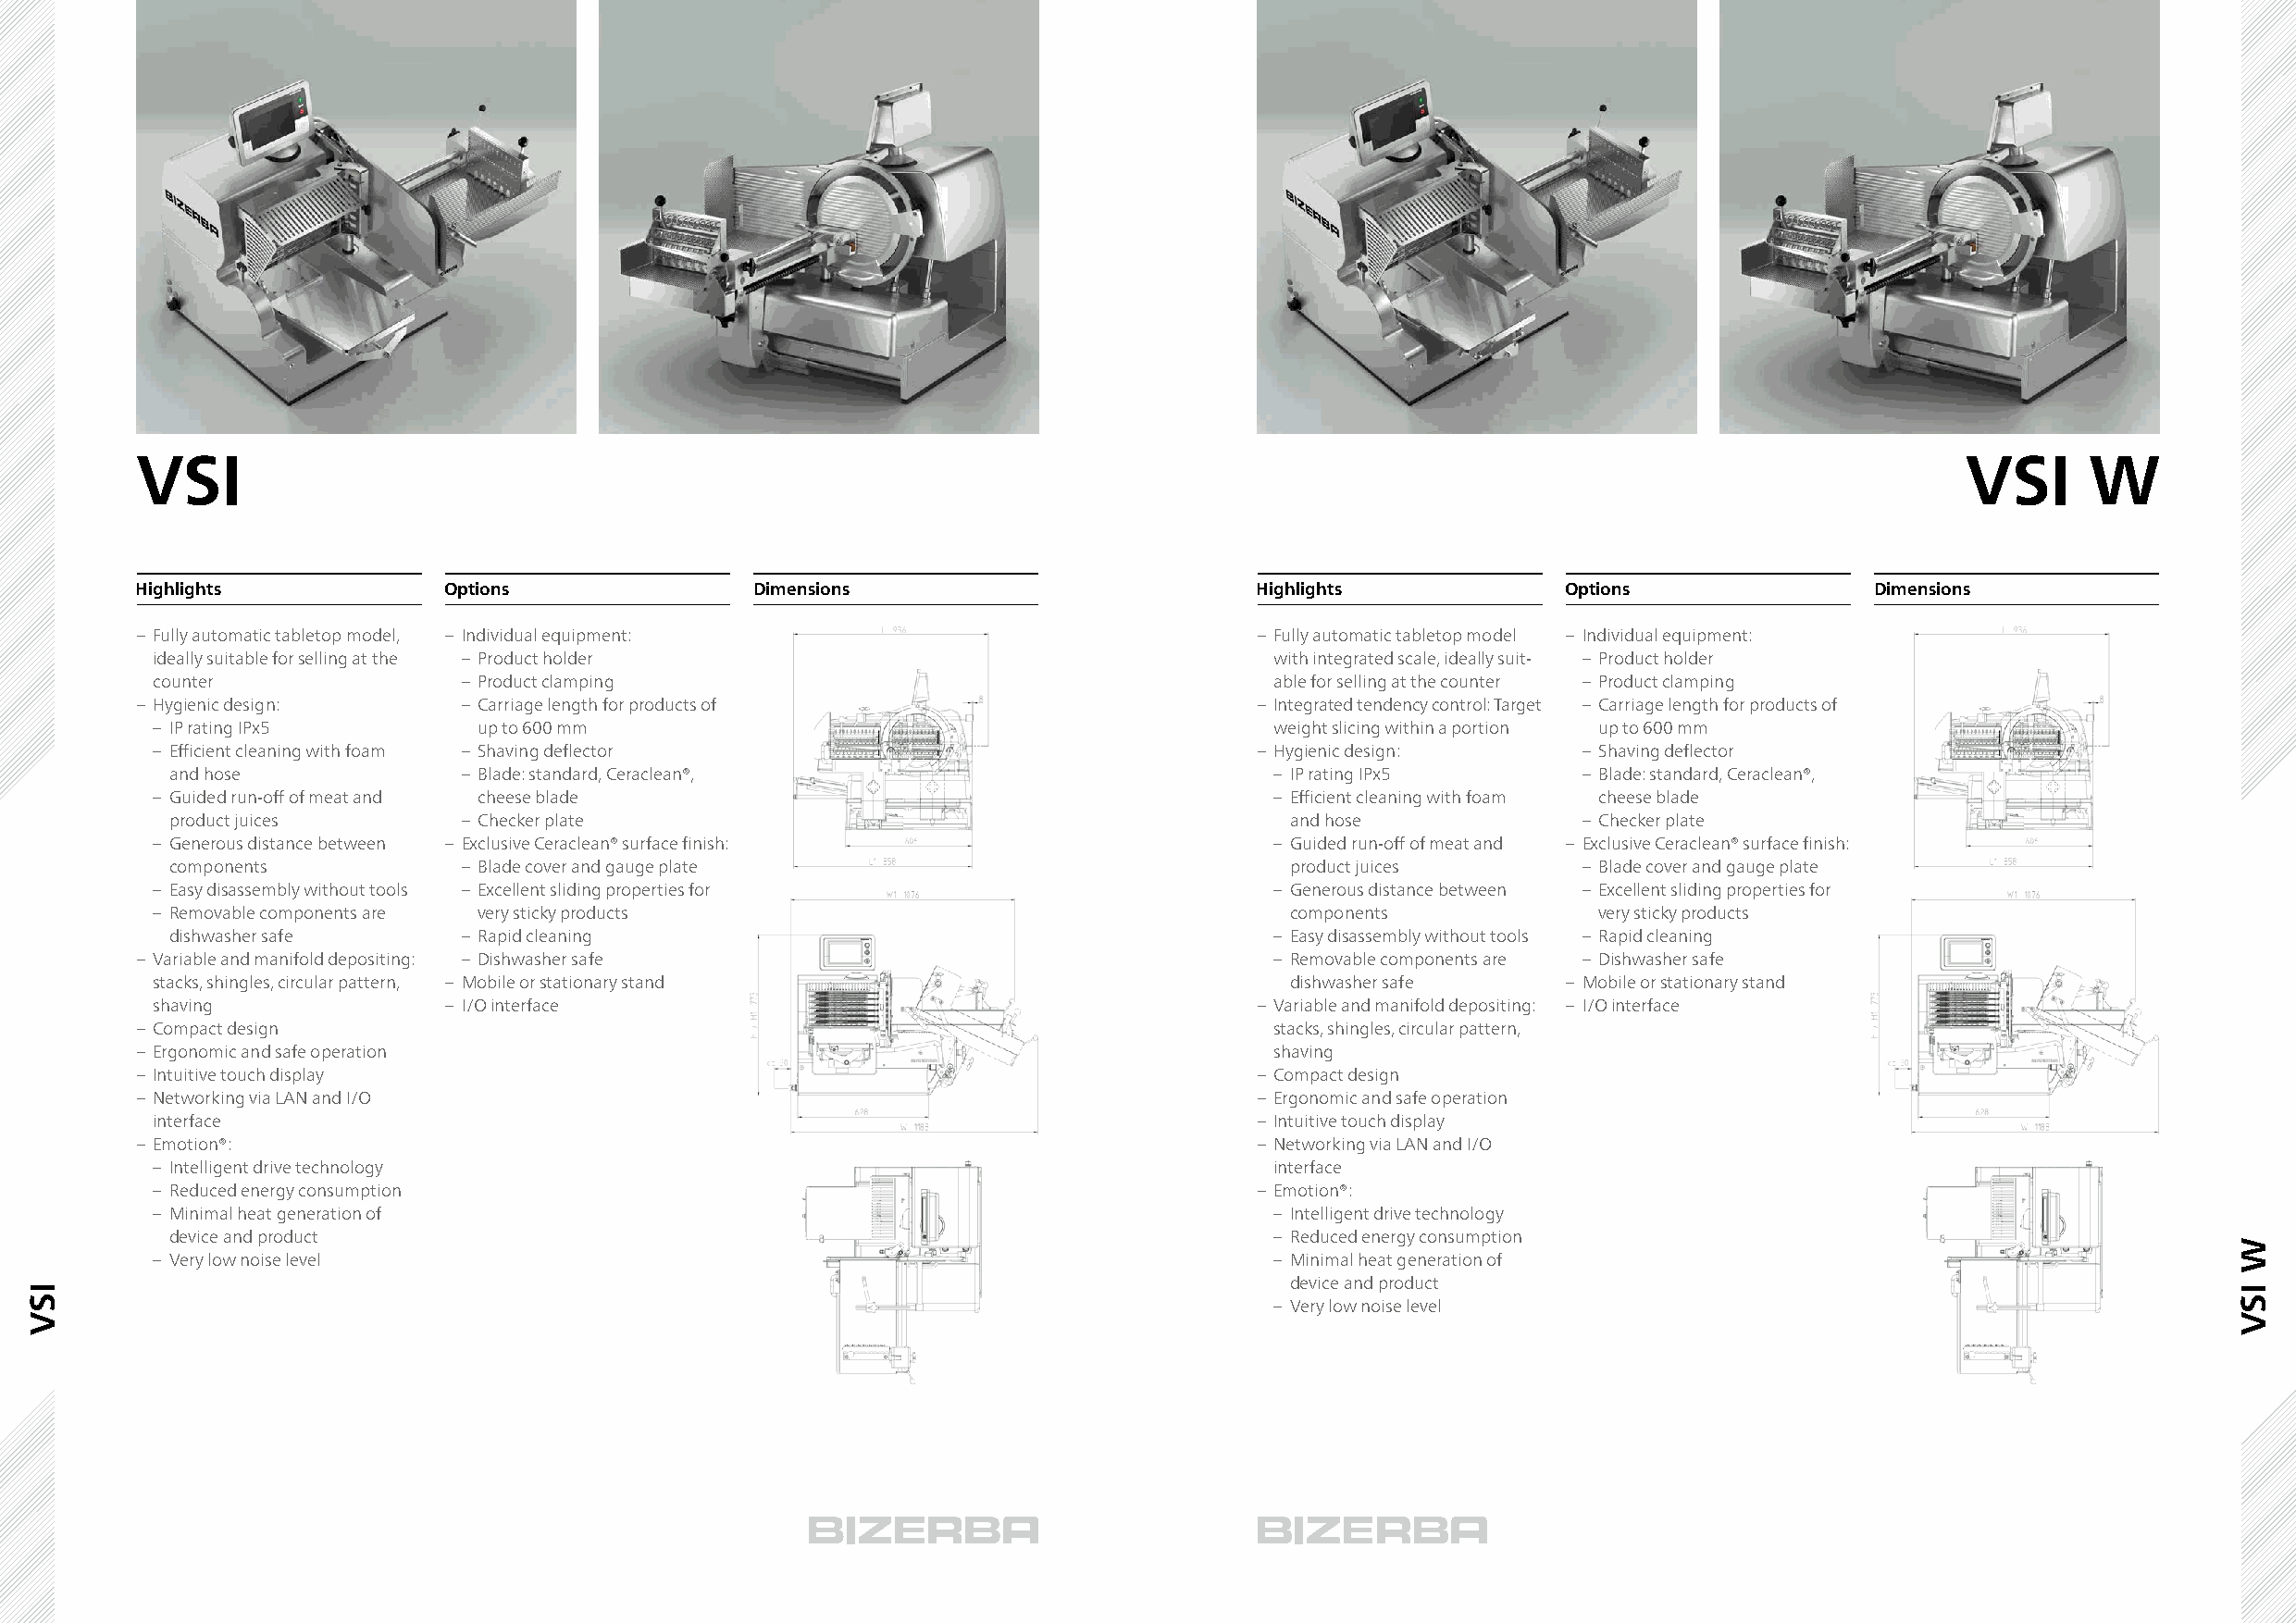
VSI                                                                                                                                VSI     W
 Highlights            Options               Dimensions                          Highlights            Options               Dimensions
 – Fully automatic tabletop model, – Individual equipment:                       – Fully automatic tabletop model – Individual equipment:
 ideally suitable for selling at the – Product holder                            with integrated scale, ideally suit- – Product holder
 counter               – Product clamping                                        able for selling at the counter – Product clamping
 – Hygienic design:     – Carriage length for products of                        – Integrated tendency control: Target – Carriage length for products of
 – IP rating IPx5       up to 600 mm                                             weight slicing within a portion up to 600 mm
 – Efficient cleaning with foam – Shaving deflector                             – Hygienic design:     – Shaving deflector
 and hose             – Blade: standard, Ceraclean®,                            – IP rating IPx5      – Blade: standard, Ceraclean®,
 – Guided run-off of meat and cheese blade                                       – Efficient cleaning with foam cheese blade
 product juices       – Checker plate                                            and hose             – Checker plate
 – Generous distance between – Exclusive Ceraclean® surface finish:              – Guided run-off of meat and – Exclusive Ceraclean® surface finish:
 components           – Blade cover and gauge plate                              product juices       – Blade cover and gauge plate
 – Easy disassembly without tools – Excellent sliding properties for             – Generous distance between – Excellent sliding properties for
 – Removable components are very sticky products                                  components            very sticky products
 dishwasher safe      – Rapid cleaning                                          – Easy disassembly without tools – Rapid cleaning
 – Variable and manifold depositing: – Dishwasher safe                            – Removable components are – Dishwasher safe
 stacks, shingles, circular pattern, – Mobile or stationary stand                 dishwasher safe     – Mobile or stationary stand
 shaving              – I/O interface                                           – Variable and manifold depositing: – I/O interface
 – Compact design                                                                 stacks, shingles, circular pattern,
 – Ergonomic and safe operation                                                   shaving
 – Intuitive touch display                                                       – Compact design
 – Networking via LAN and I/O                                                    – Ergonomic and safe operation
 interface                                                                      – Intuitive touch display
 – Emotion®:                                                                     – Networking via LAN and I/O
 – Intelligent drive technology                                                  interface
 – Reduced energy consumption                                                   – Emotion®:
 – Minimal heat generation of                                                    – Intelligent drive technology
 device and product                                                             – Reduced energy consumption
 – Very low noise level                                                          – Minimal heat generation of
 device and product
 – Very low noise level
 ISV
 W
 ISV